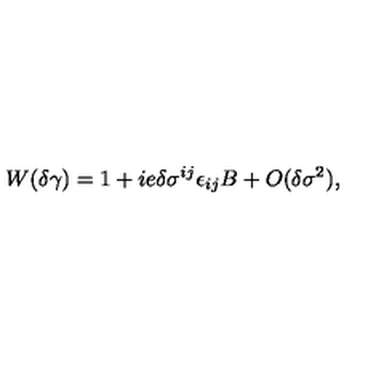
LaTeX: W ( \delta \gamma ) = 1 + i e \delta \sigma ^ { i j } \epsilon _ { i j } B + O ( \delta \sigma ^ { 2 } ) ,